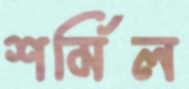
শর্মিল